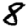
Digit: 8